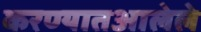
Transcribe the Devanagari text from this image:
करण्यातआलेले